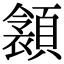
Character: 𩔝